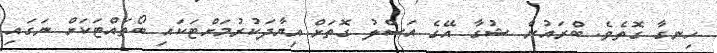
ހިނގާ ގޮތެވެ. ބްރައުން ޝުގާ އޭގެ އަސްލު ގޮތަށް އިޔާދަކުރުމަށްޓަކައި ބޯތައްޓަކަށް ނަގައި